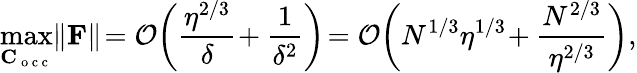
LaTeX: \operatorname*{max}_{\mathbf C_{\mathrm{~o~c~c~}}}\! \left\| \mathbf{F}\right\| \! ={\cal O}\! \left(\frac{\eta^{2/3}}{\delta}\! +\frac{1}{\delta^{2}}\right)\! ={\cal O}\! \left(N^{1/3}\eta^{1/3}\! +\frac{N^{2/3}}{\eta^{2/3}}\right),